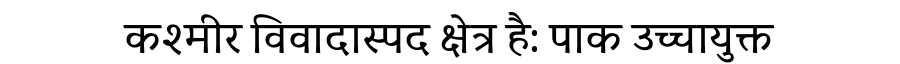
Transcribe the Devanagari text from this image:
कश्मीर विवादास्पद क्षेत्र है: पाक उच्चायुक्त